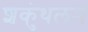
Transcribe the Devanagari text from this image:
शकुंथलम